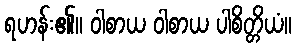
ရဟန်း၏။ ဝါစာယ ဝါစာယ ပါစိတ္တိယံ။